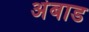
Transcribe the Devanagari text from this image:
अंबाड